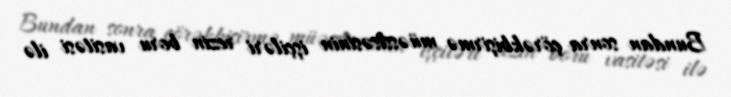
Bundan sonra çörəkbişirmə müəssisəsinin işçiləri rezin boru vasitəsi ilə